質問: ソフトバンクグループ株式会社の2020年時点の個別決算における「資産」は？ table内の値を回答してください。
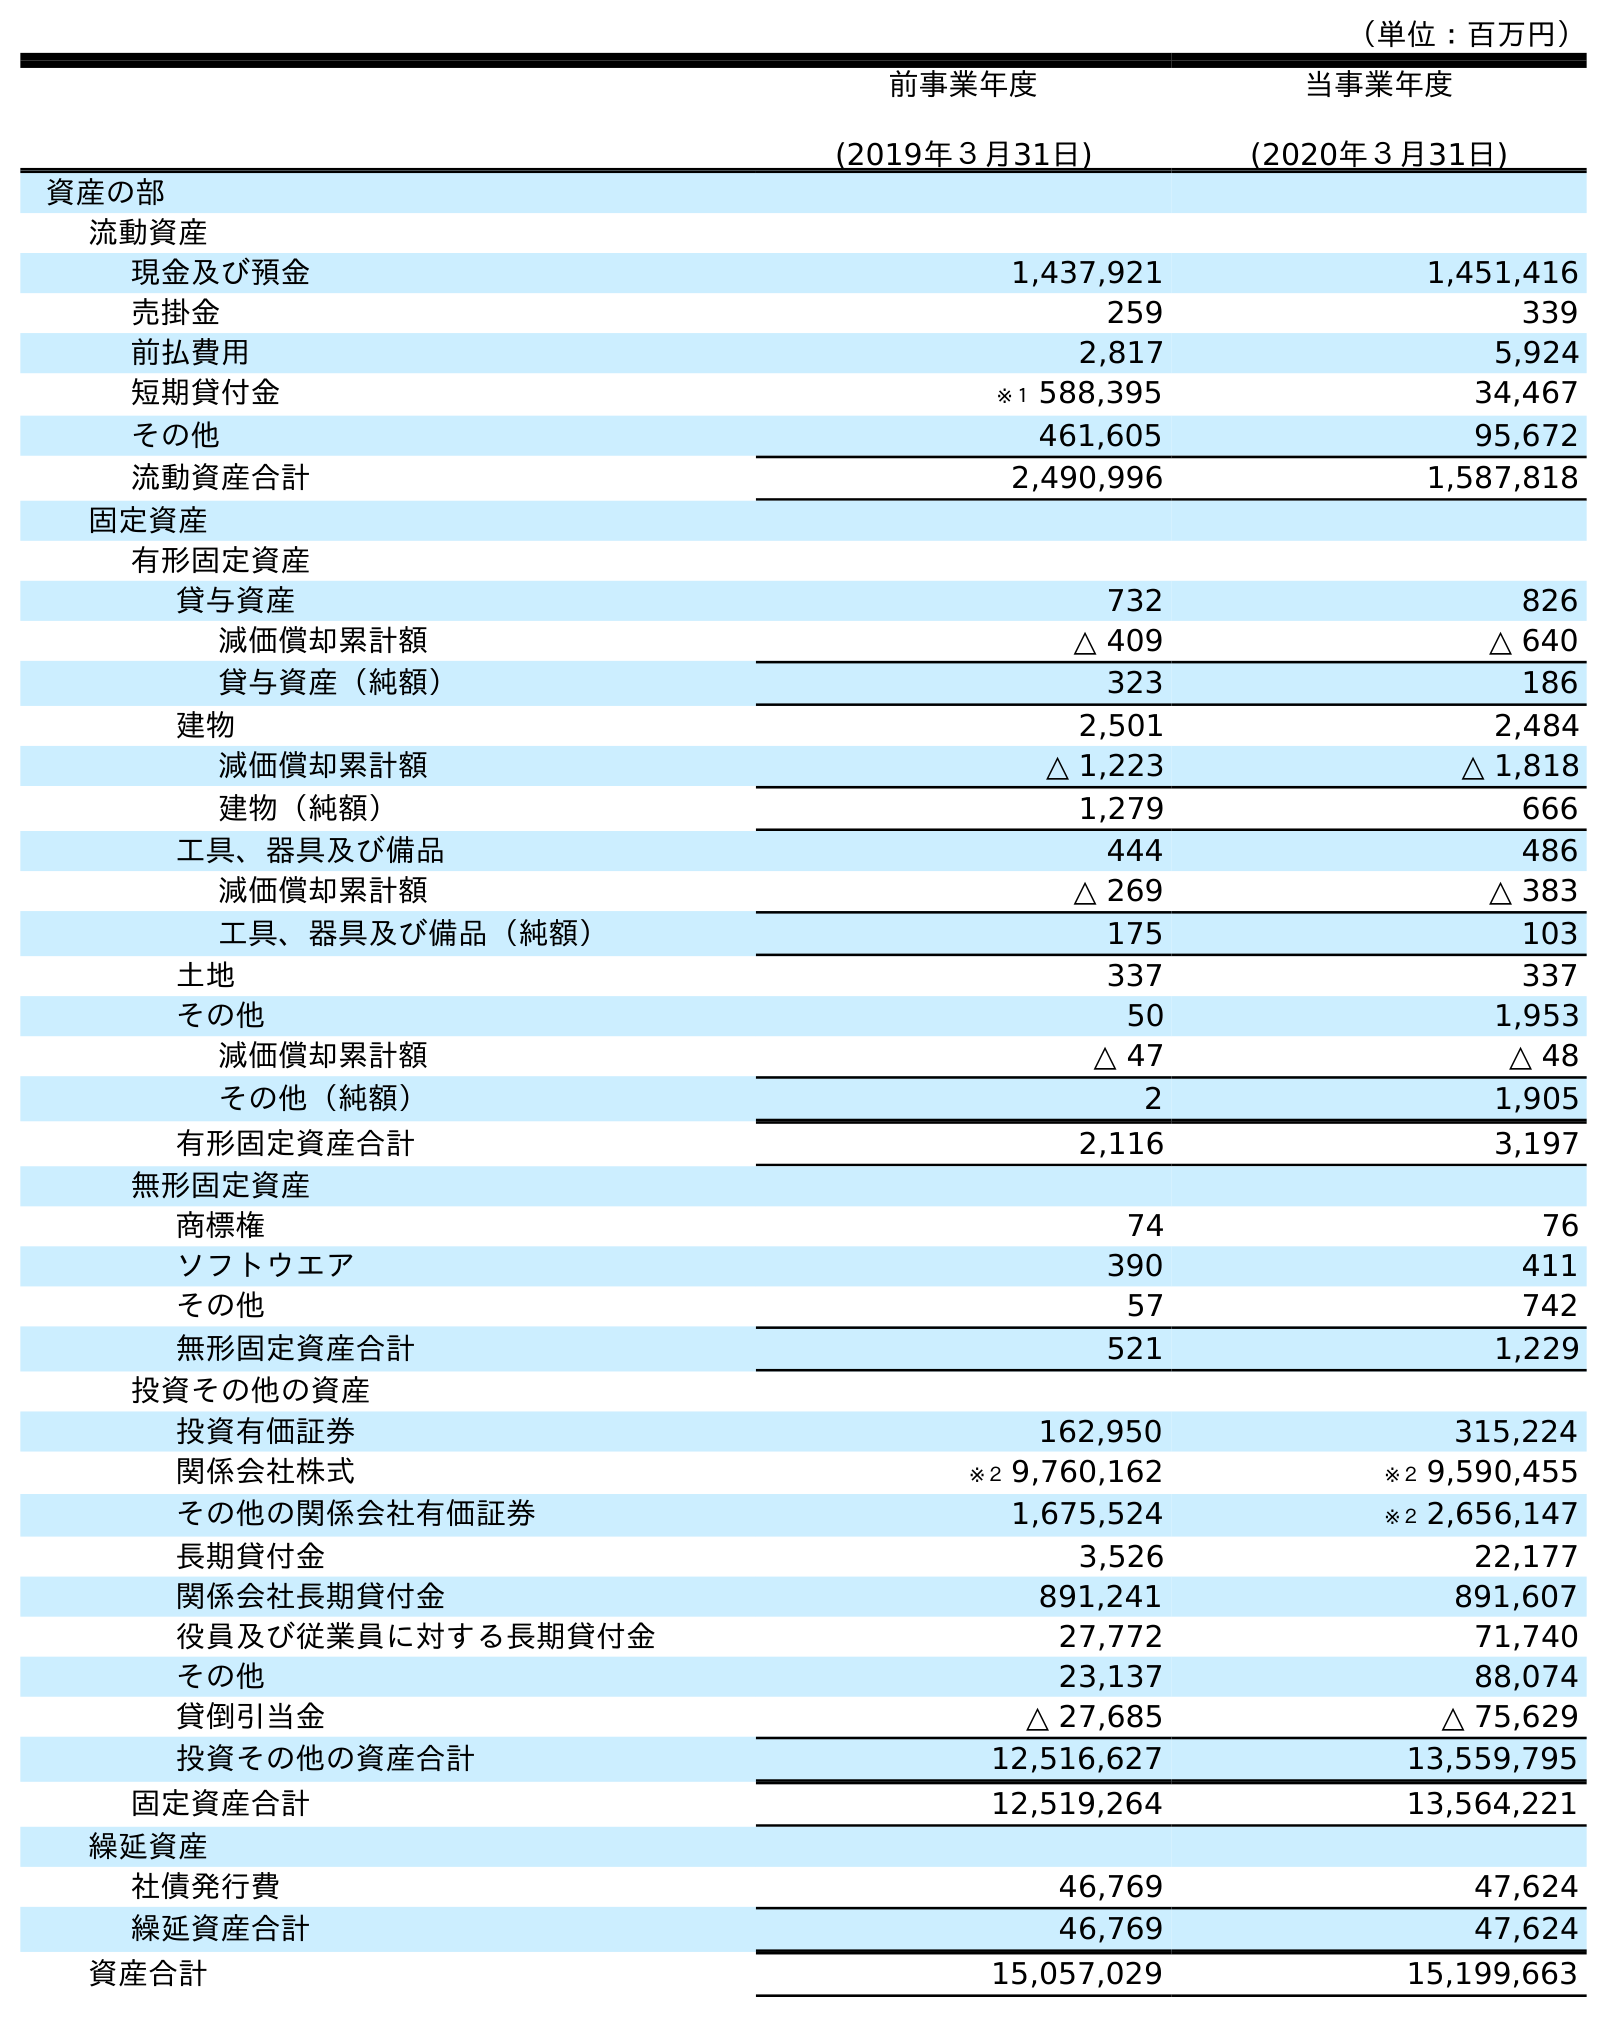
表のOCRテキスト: （単位：百万円） 前事業年度 (2019年３月31日) 当事業年度 (2020年３月31日) 資産の部 流動資産 現金及び預金 1,437,921 1,451,416 売掛金 259 339 前払費用 2,817 5,924 短期貸付金 ※１ 588,395 34,467 その他 461,605 95,672 流動資産合計 2,490,996 1,587,818 固定資産 有形固定資産 貸与資産 732 826 減価償却累計額 △ 409 △ 640 貸与資産（純額） 323 186 建物 2,501 2,484 減価償却累計額 △ 1,223 △ 1,818 建物（純額） 1,279 666 工具、器具及び備品 444 486 減価償却累計額 △ 269 △ 383 工具、器具及び備品（純額） 175 103 土地 337 337 その他 50 1,953 減価償却累計額 △ 47 △ 48 その他（純額） 2 1,905 有形固定資産合計 2,116 3,197 無形固定資産 商標権 74 76 ソフトウエア 390 411 その他 57 742 無形固定資産合計 521 1,229 投資その他の資産 投資有価証券 162,950 315,224 関係会社株式 ※２ 9,760,162 ※２ 9,590,455 その他の関係会社有価証券 1,675,524 ※２ 2,656,147 長期貸付金 3,526 22,177 関係会社長期貸付金 891,241 891,607 役員及び従業員に対する長期貸付金 27,772 71,740 その他 23,137 88,074 貸倒引当金 △ 27,685 △ 75,629 投資その他の資産合計 12,516,627 13,559,795 固定資産合計 12,519,264 13,564,221 繰延資産 社債発行費 46,769 47,624 繰延資産合計 46,769 47,624 資産合計 15,057,029 15,199,663
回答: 15,199,663